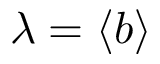
\lambda = \left< b \right>